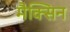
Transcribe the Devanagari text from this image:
मैक्सिन